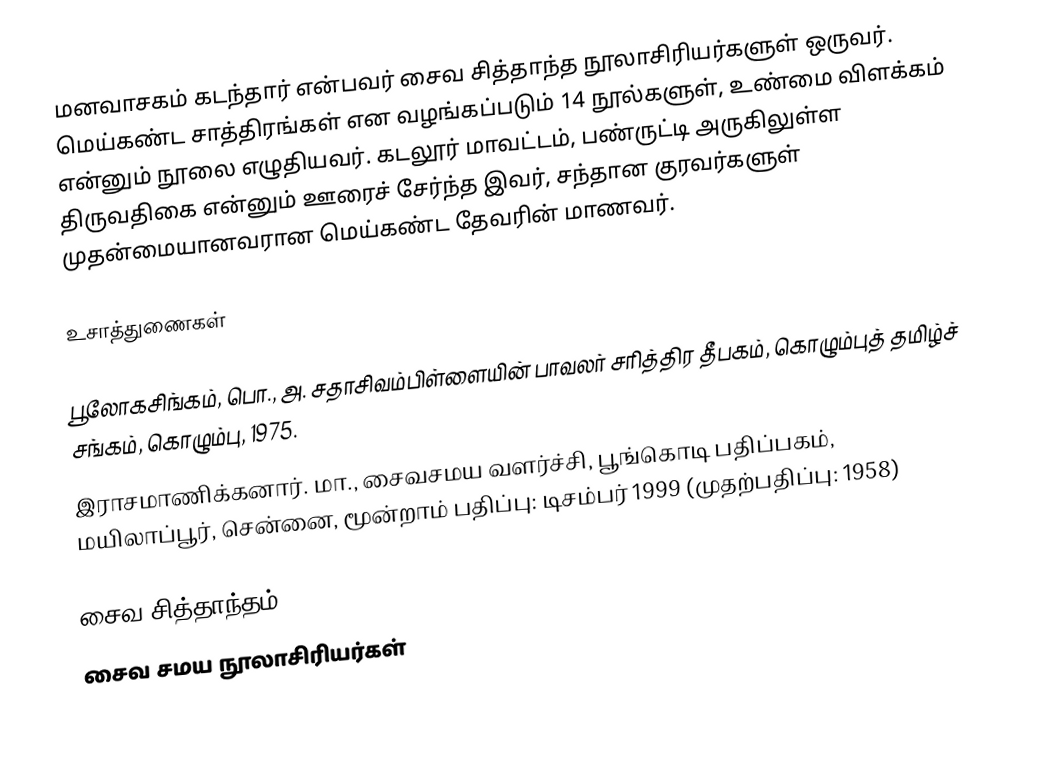
மனவாசகம் கடந்தார் என்பவர் சைவ சித்தாந்த நூலாசிரியர்களுள் ஒருவர். மெய்கண்ட சாத்திரங்கள் என வழங்கப்படும் 14 நூல்களுள், உண்மை விளக்கம் என்னும் நூலை எழுதியவர். கடலூர் மாவட்டம், பண்ருட்டி அருகிலுள்ள திருவதிகை என்னும் ஊரைச் சேர்ந்த இவர், சந்தான குரவர்களுள் முதன்மையானவரான மெய்கண்ட தேவரின் மாணவர்.

உசாத்துணைகள்

 பூலோகசிங்கம், பொ., அ. சதாசிவம்பிள்ளையின் பாவலர் சரித்திர தீபகம், கொழும்புத் தமிழ்ச் சங்கம், கொழும்பு, 1975.
 இராசமாணிக்கனார். மா., சைவசமய வளர்ச்சி, பூங்கொடி பதிப்பகம், மயிலாப்பூர், சென்னை, மூன்றாம் பதிப்பு: டிசம்பர் 1999 (முதற்பதிப்பு: 1958)

சைவ சித்தாந்தம்
சைவ சமய நூலாசிரியர்கள்